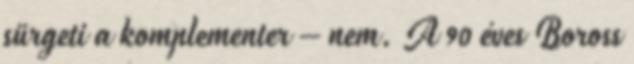
sürgeti a komplementer – nem. A 90 éves Boross